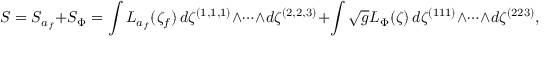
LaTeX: S = S _ { a _ { f } } + S _ { \Phi } = \int L _ { a _ { f } } ( \zeta _ { f } ) \, d \zeta ^ { ( 1 , 1 , 1 ) } \wedge \cdots \wedge d \zeta ^ { ( 2 , 2 , 3 ) } + \int \sqrt { g } L _ { \Phi } ( \zeta ) \, d \zeta ^ { ( 1 1 1 ) } \wedge \cdots \wedge d \zeta ^ { ( 2 2 3 ) } ,